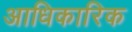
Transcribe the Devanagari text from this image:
अाधिकारिक